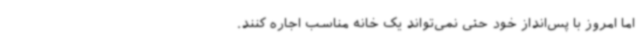
اما امروز با پس‌انداز خود حتی نمی‌تواند یک خانه مناسب اجاره کنند.